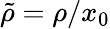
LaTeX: {\tilde{\rho}}=\rho/x_{0}